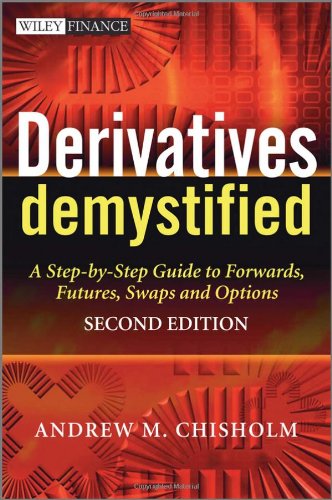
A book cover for Derivatives Demystified: A Step-by-Step Guide to Forwards, Futures, Swaps and Options; Andrew M. Chisholm; Business & Money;